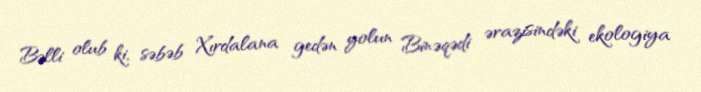
Bəlli olub ki, səbəb Xırdalana gedən yolun Binəqədi ərazisindəki ekologiya